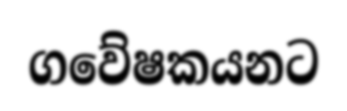
ගවේෂකයනට